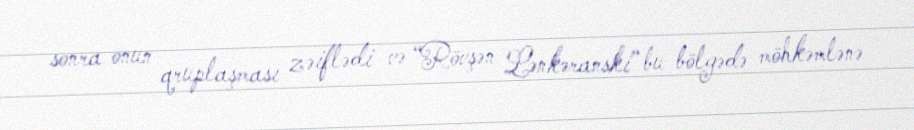
sonra onun qruplaşması zəiflədi və “Rövşən Lənkəranski” bu bölgədə möhkəmlənə